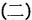
(二)